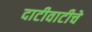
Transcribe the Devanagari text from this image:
दाटीवाटीचे